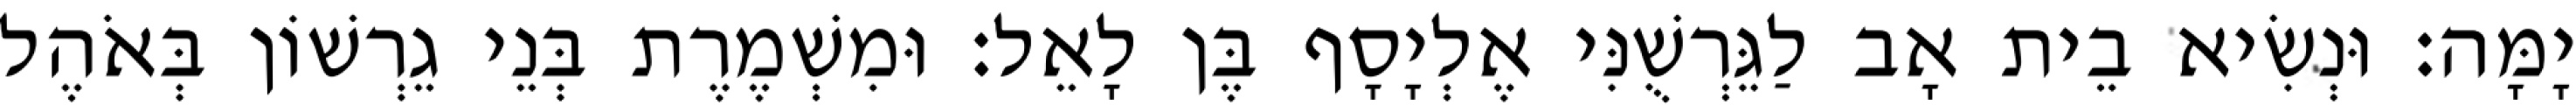
יָמָּה׃ וּנְשִׂיא בֵית אָב לַגֵּרְשֻׁנִּי אֶלְיָסָף בֶּן לָאֵל׃ וּמִשְׁמֶרֶת בְּנֵי גֵרְשׁוֹן בְּאֹהֶל